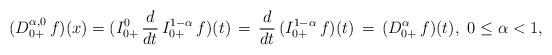
LaTeX: \begin{align*}(D^{\alpha,0}_{0+}\, f)(x) = (I_{0+}^{0}\, \frac{d}{dt}\, I_{0+}^{1-\alpha}\, f)(t)\, = \, \frac{d}{dt}\, (I_{0+}^{1-\alpha}\, f)(t)\, = \,(D^\alpha_{0+}\, f)(t),\ 0 \le \alpha < 1,\end{align*}